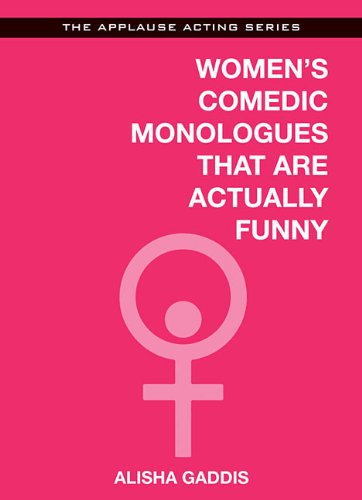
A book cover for Womens Comedic Monologues That Are Actually Funny (Applause Acting Series); Alisha Gaddis; Humor & Entertainment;